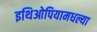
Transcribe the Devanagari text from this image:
इथिओपियामधल्या